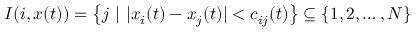
I ( i , x ( t ) ) = \left\{ j \ | \ | x _ { i } ( t ) - x _ { j } ( t ) | < c _ { i j } ( t ) \right\} \subseteq \left\{ 1 , 2 , \ldots , N \right\}